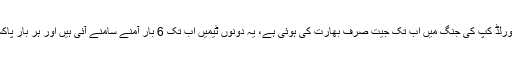
ہر چار سال بعد آنےوالے کرکٹ ورلڈ کپ کی جنگ میں اب تک جیت صرف بھارت کی ہوئی ہے، یہ دونوں ٹیمیں اب تک 6 بار آمنے سامنے آئی ہیں اور ہر بار پاکستان کو شکست کا سامنا کرنا پڑا۔